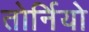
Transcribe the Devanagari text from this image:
तोर्नियो